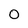
Character: 0